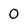
Character: 0